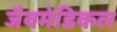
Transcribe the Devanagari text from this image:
जैवमेडिकल